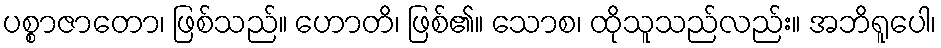
ပစ္စာဇာတော၊ ဖြစ်သည်။ ဟောတိ၊ ဖြစ်၏။ သောစ၊ ထိုသူသည်လည်း။ အဘိရူပေါ၊